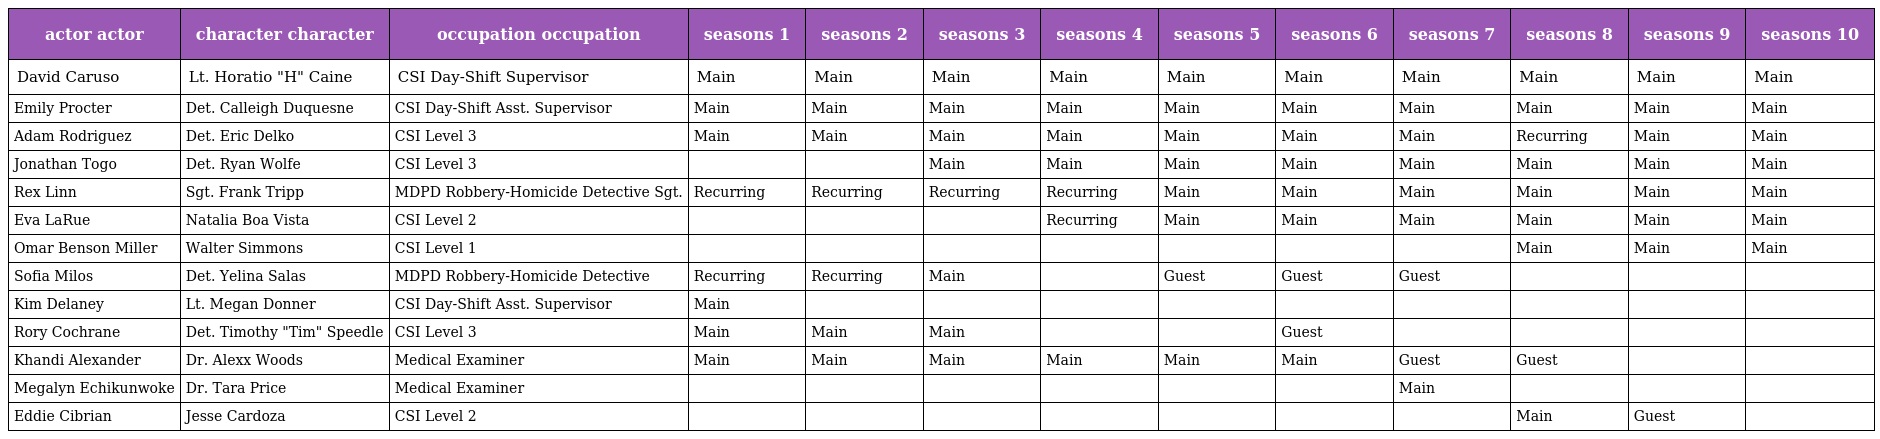
| actor actor | character character | occupation occupation | seasons 1 | seasons 2 | seasons 3 | seasons 4 | seasons 5 | seasons 6 | seasons 7 | seasons 8 | seasons 9 | seasons 10 |
 | --- | --- | --- | --- | --- | --- | --- | --- | --- | --- | --- | --- | --- |
 | David Caruso | Lt. Horatio "H" Caine | CSI Day-Shift Supervisor | Main | Main | Main | Main | Main | Main | Main | Main | Main | Main |
 | Emily Procter | Det. Calleigh Duquesne | CSI Day-Shift Asst. Supervisor | Main | Main | Main | Main | Main | Main | Main | Main | Main | Main |
 | Adam Rodriguez | Det. Eric Delko | CSI Level 3 | Main | Main | Main | Main | Main | Main | Main | Recurring | Main | Main |
 | Jonathan Togo | Det. Ryan Wolfe | CSI Level 3 |  |  | Main | Main | Main | Main | Main | Main | Main | Main |
 | Rex Linn | Sgt. Frank Tripp | MDPD Robbery-Homicide Detective Sgt. | Recurring | Recurring | Recurring | Recurring | Main | Main | Main | Main | Main | Main |
 | Eva LaRue | Natalia Boa Vista | CSI Level 2 |  |  |  | Recurring | Main | Main | Main | Main | Main | Main |
 | Omar Benson Miller | Walter Simmons | CSI Level 1 |  |  |  |  |  |  |  | Main | Main | Main |
 | Sofia Milos | Det. Yelina Salas | MDPD Robbery-Homicide Detective | Recurring | Recurring | Main |  | Guest | Guest | Guest |  |  |  |
 | Kim Delaney | Lt. Megan Donner | CSI Day-Shift Asst. Supervisor | Main |  |  |  |  |  |  |  |  |  |
 | Rory Cochrane | Det. Timothy "Tim" Speedle | CSI Level 3 | Main | Main | Main |  |  | Guest |  |  |  |  |
 | Khandi Alexander | Dr. Alexx Woods | Medical Examiner | Main | Main | Main | Main | Main | Main | Guest | Guest |  |  |
 | Megalyn Echikunwoke | Dr. Tara Price | Medical Examiner |  |  |  |  |  |  | Main |  |  |  |
 | Eddie Cibrian | Jesse Cardoza | CSI Level 2 |  |  |  |  |  |  |  | Main | Guest |  |